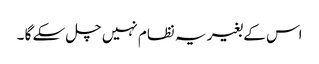
اس کے بغیر یہ نظام نہیں چل سکے گا ۔